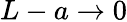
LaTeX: L-a\rightarrow 0